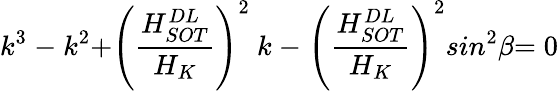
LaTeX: k^{{3}}\ {-\ }k^{{2}}{+}{\left(\frac{H_{SOT}^{DL}}{H_{K}}\right)}^{2}{\ }k\ {-\ }{\left(\frac{H_{SOT}^{DL}}{H_{K}}\right)}^{2}{{sin}}^{{2}}\beta{=0}